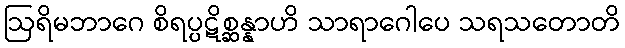
ဩရိမဘာဂေ စိရပ္ပဋိစ္ဆန္နာဟိ သာရာဂေါပေ သရသတောတိ